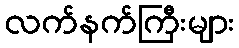
လက်နက်ကြီးများ